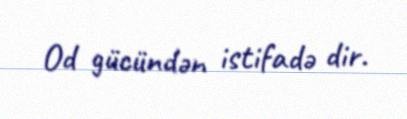
Od gücündən istifadə dir.